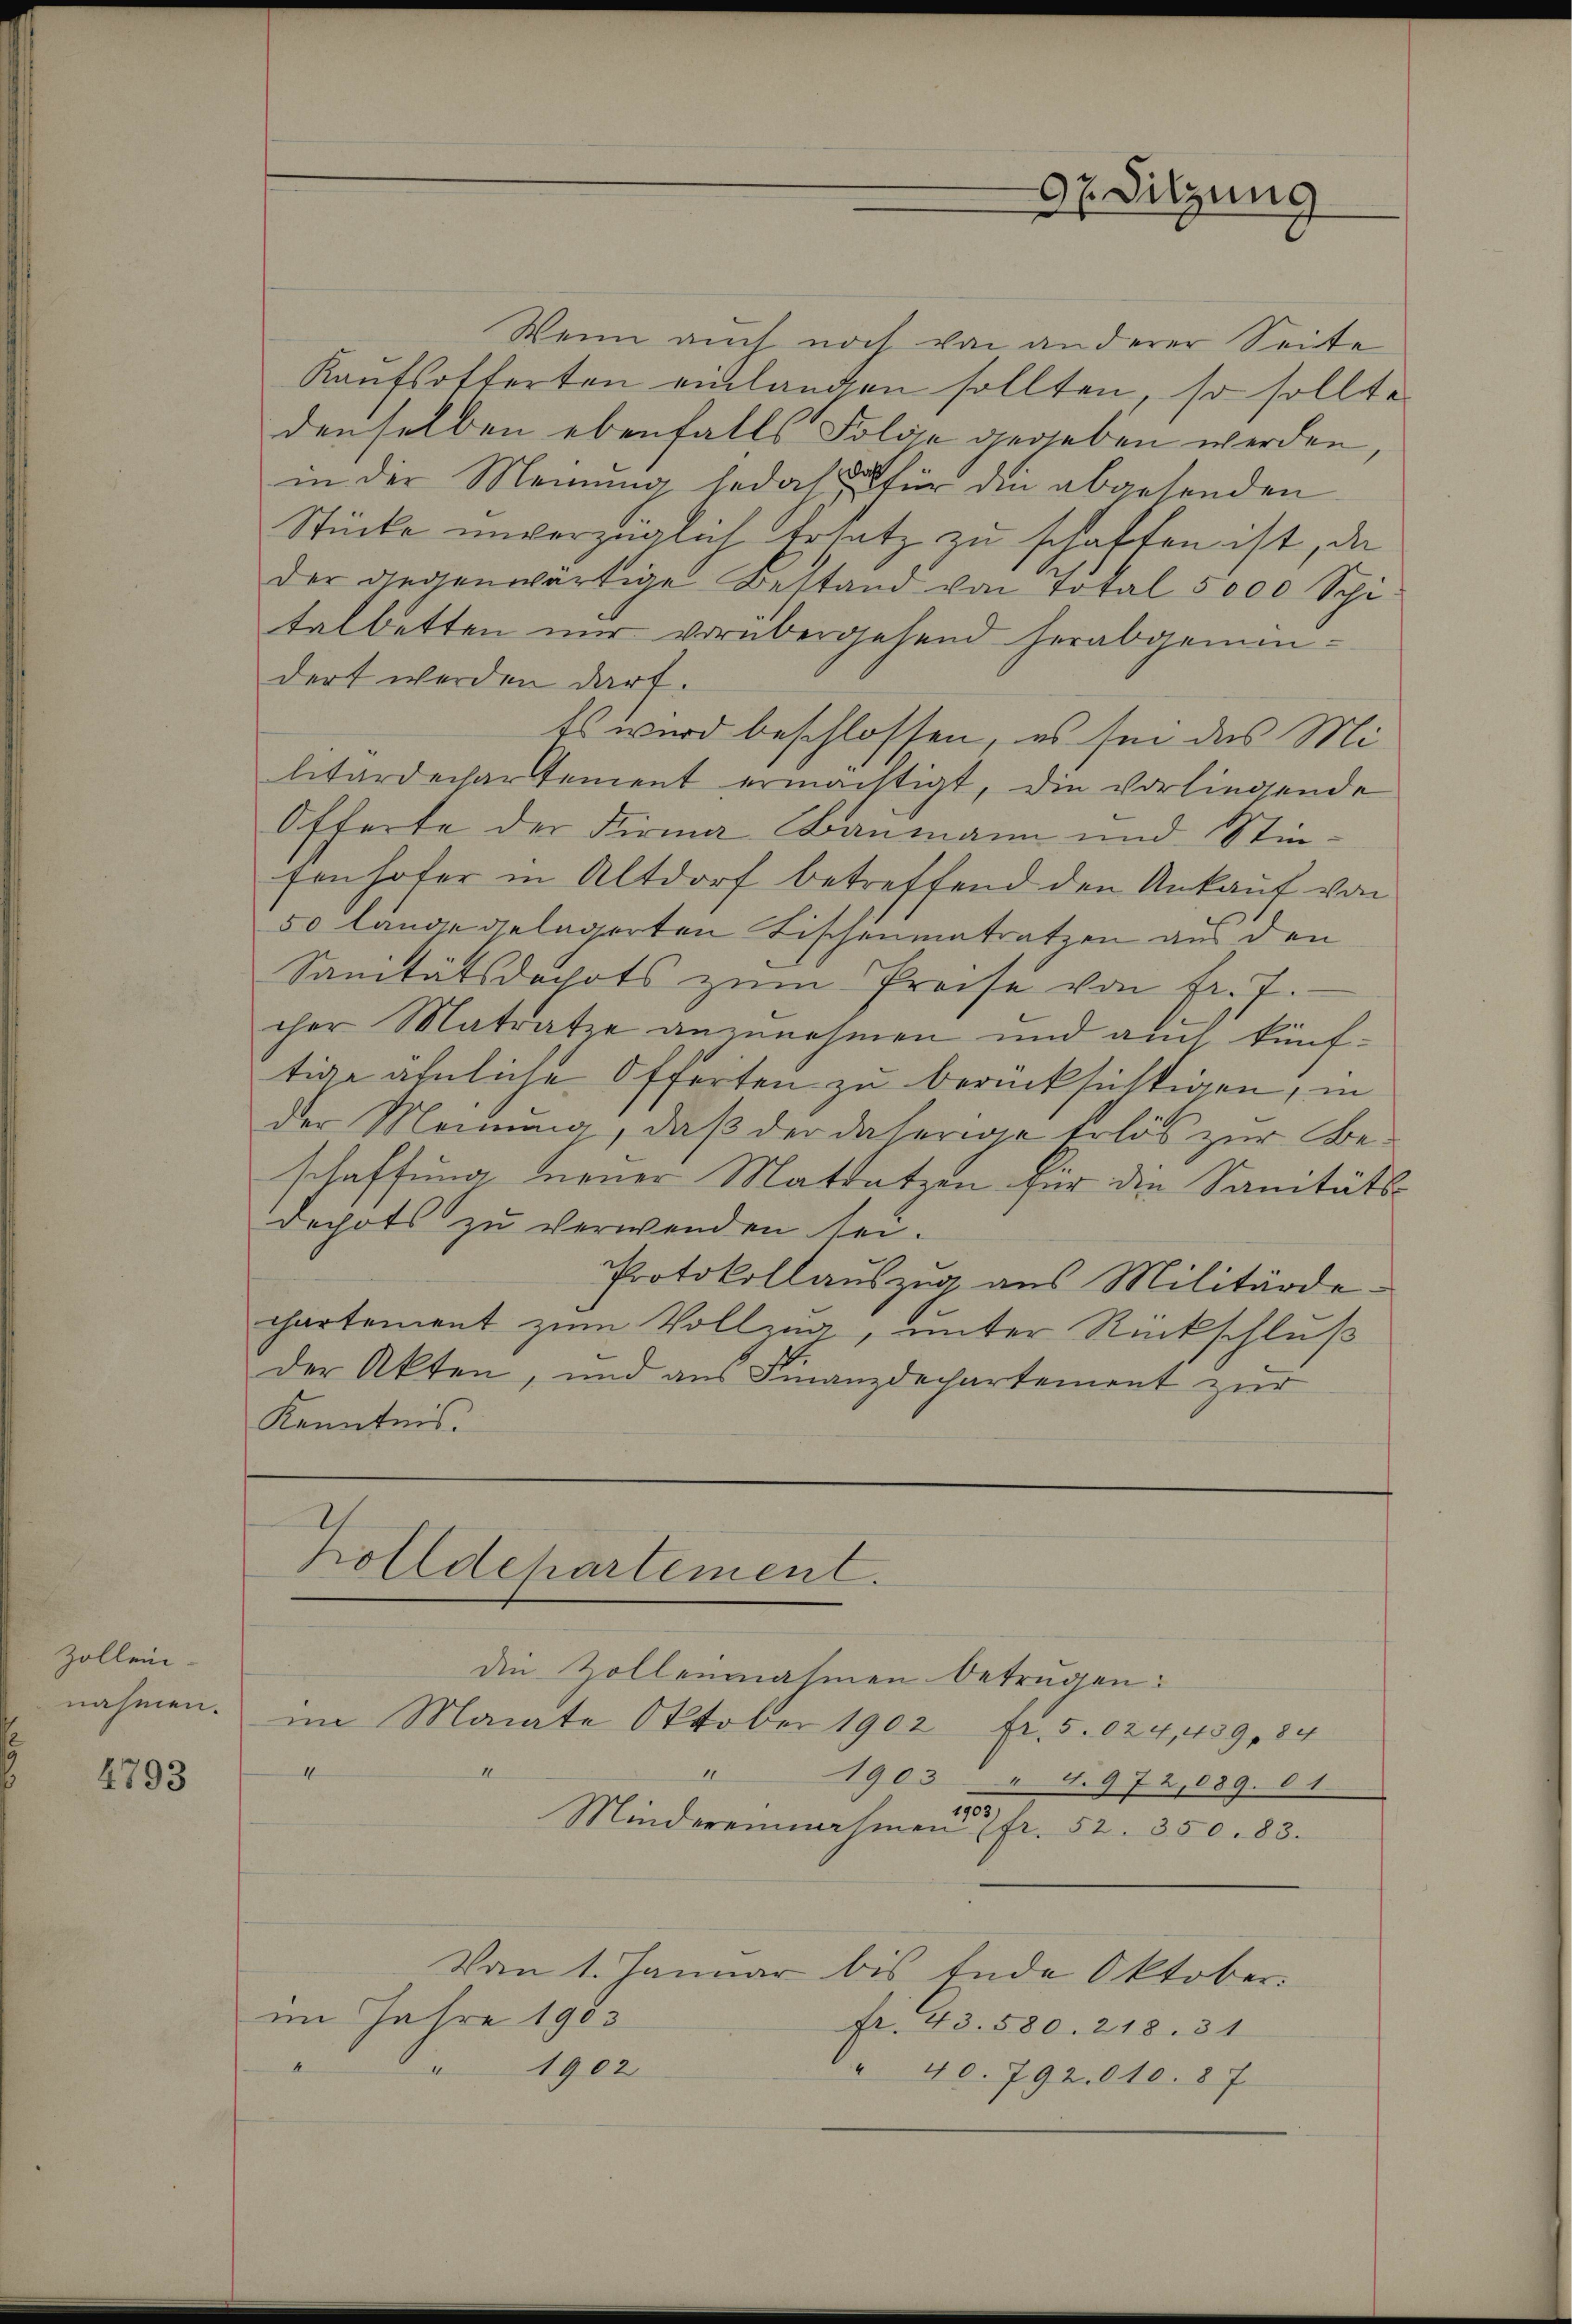
Zollen
nahmen.

4793

Wenn auch noch von anderer Seite
Kaŭfsofferten einlangen sollten, so sollte
denselben ebenfalls Folge gegeben werden,
in der Meinung jedoch für die abgehenden
Stücke unverzüglich Ersatz zu schaffen ist, da
der gegenwärtige Bestand von Total 5000 Spi
talbetten nur vorübergehend herabgemeidert werden darf.
Es wird beschlossen, es sei des Militardechartement ermächtigt, die vorliegende
Offerte der Firma Baumann und Stim-
senhofer in Altdorf betreffend den Ankauf von
50 länge gelagerten Fischenmatratzen aus den
Sanitätsdachts zum Preise von Fr. 7.
cher Matratze anzunehmen und auch künftige ähnliche Offerten zu berücksichtigen, in
der Meinung, daß der daherige Erlös zur Beschaffung neuer Mattatzen für die Sanitäts-
dehots zu verwenden sei.
Protokollauszug aus Militärde-
chartement zum Vollzug, unter Rückschluß
der Akten, und aus Finanzdechartement zur
Kenntnis.

Zolldepartement.

die Zolleinahmen betrugen:
im Monate Oktober 1902 fr. 5.024,439, 84
I
4
1903 " 4. 972,089. 61.
Mindereinnahmen u. fr. 52. 350. 83.
Von 1. Januar bis Ende Oktober.
im Jahre 1903
Fr. 43. 580. 218. 31
4
4
1902
" 40. 792. 610. 87

07 Sitzung